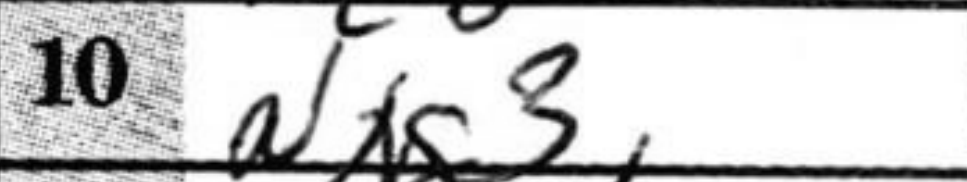
Transcription: Nxg3